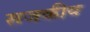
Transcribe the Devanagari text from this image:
सजकीय